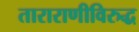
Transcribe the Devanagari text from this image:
ताराराणीविरुद्ध